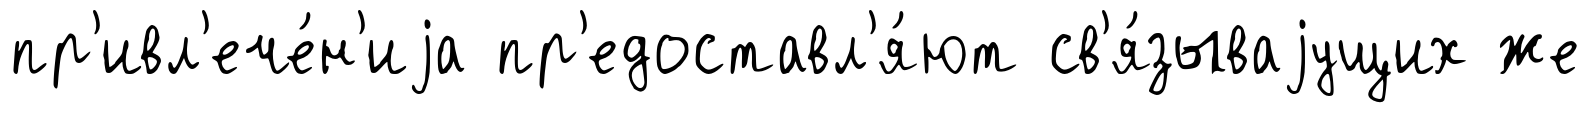
пр'ивл'ече́н'иjа пр'едоставл'я́ют св'я́зываjущих же